Indian journal of veterinary science and animal husbandry - Volume 1,
Year: 1931
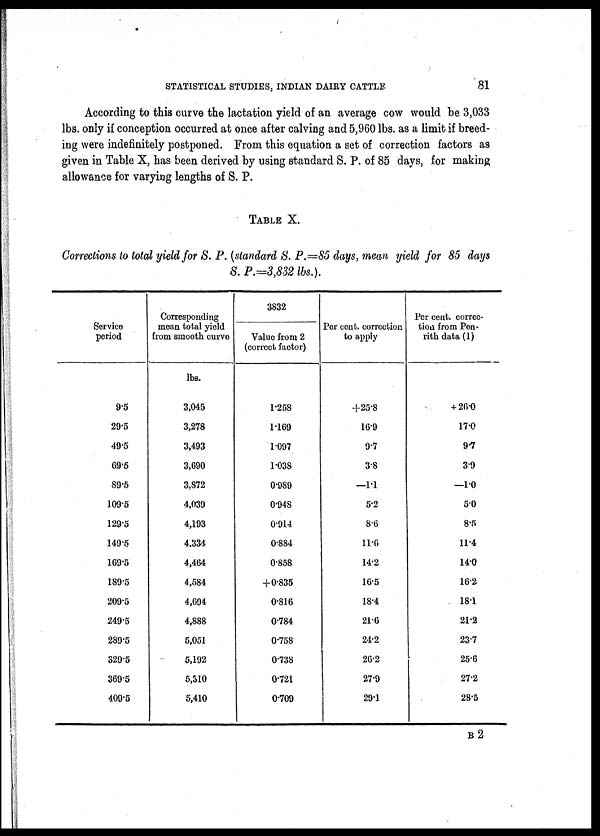
STATISTICAL STUDIES, INDIAN DAIRY CATTLE 81
According to this curve the lactation yield of an average cow would be 3,033
lbs. only if conception occurred at once after calving and 5,960 lbs. as a limit if breed-
ing were indefinitely postponed. From this equation a set of correction factors as
given in Table X, has been derived by using standard S. P. of 85 days, for making
allowance for varying lengths of S. P.
TABLE X.
Corrections to total yield for S. P. (standard S. P.=85 days, mean yield for 85 days
S. P.=3,832 lbs.).
Service
period
9.5
29.5
49.5
69.5
89.5
109.5
129.5
149.5
169.5
189.5
209.5
249.5
289.5
329.5
369.5
409.5
Corresponding
mean total yield
from smooth curve
lbs.
3,045
3,278
3,493
3,690
3,872
4,039
4,193
4.334
4,464
4,584
4,694
4,888
5,051
5,192
5,310
5,410
3832
Value from 2
(correct factor)
1.258
1.169
1.097
1.038
0.989
0.948
0.914
0.884
0.858
+0.835
0.816
0.784
0.758
0.738
0.721
0.709
Per cent. correction
to apply
+25.8
16.9
9.7
3.8
—1.1
5.2
8.6
11.6
14.2
16.5
18.4
21.6
24.2
26.2
27.9
29.1
Per cent. correc-
tion from Pen-
rith data (1)
+ 26.0
17.0
9.7
3.9
—1.0
5.0
8.5
11.4
14.0
16.2
18.1
21.2
23.7
25.6
27.2
28.5
B 2